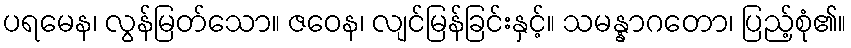
ပရမေန၊ လွန်မြတ်သော။ ဇဝေန၊ လျင်မြန်ခြင်းနှင့်။ သမန္နာဂတော၊ ပြည့်စုံ၏။